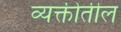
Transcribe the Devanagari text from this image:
व्यक्तीतील